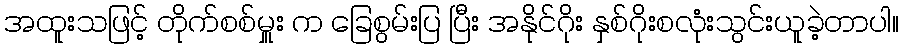
အထူးသဖြင့် တိုက်စစ်မှူး က ခြေစွမ်းပြ ပြီး အနိုင်ဂိုး နှစ်ဂိုးစလုံးသွင်းယူခဲ့တာပါ။